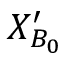
{ { { { X } } } _ { { { B } _ { 0 } } } ^ { \prime } }